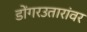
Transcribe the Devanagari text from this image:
डोंगरउतारांवर